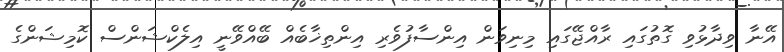
އޭނާ ވިދާޅުވި ގޮތުގައި ރާއްޖޭގައި މިނިވަން އިންސާފުވެރި އިންތިޚާބެއް ބޭއްވޭނީ އިލެކްޝަންސް ކޮމިޝަންގެ